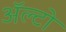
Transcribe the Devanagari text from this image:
अॅल्टो